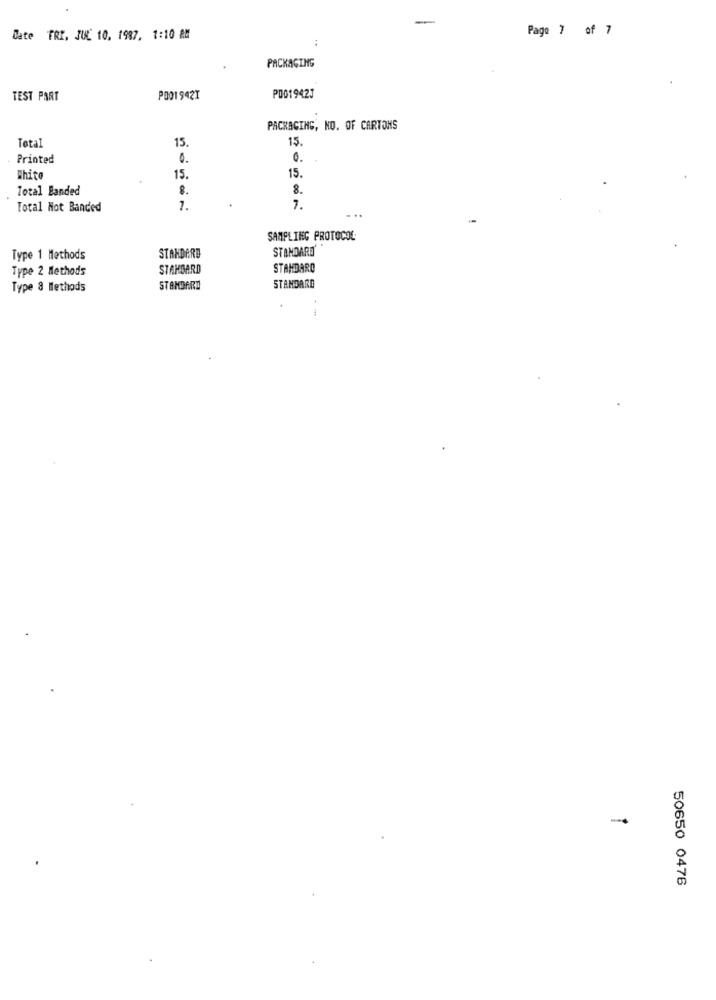
Page 7 of 7
Date FRI. JUL 10, 1987, 1:10 AM
:
PACKAGING
TEST PART
P001942Y
PD019423
PACKAGING, NO. OF CARTONS
15.
15
Total
Printed
0.
0.
15.
White
15.
Total Banded
8.
8.
Total Not Banded
1.
7.
SAMPLING PROTOCOL
STANDARD
Type 1 Methods
STANDARD
Type 2 Methods
STANDARD
STANDARD
Type 8 Methods
STANDARD
STANDARD
50650 0476